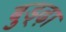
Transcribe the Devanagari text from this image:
बुड्ढ़ा